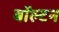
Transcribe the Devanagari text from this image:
बॉल्टन